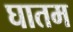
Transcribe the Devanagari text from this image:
घातम